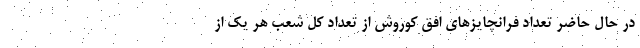
در حال حاضر تعداد فرانچایزهای افق کوروش از تعداد کل شعب هر یک از